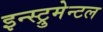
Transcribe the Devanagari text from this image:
इन्स्ट्रुमेन्टल